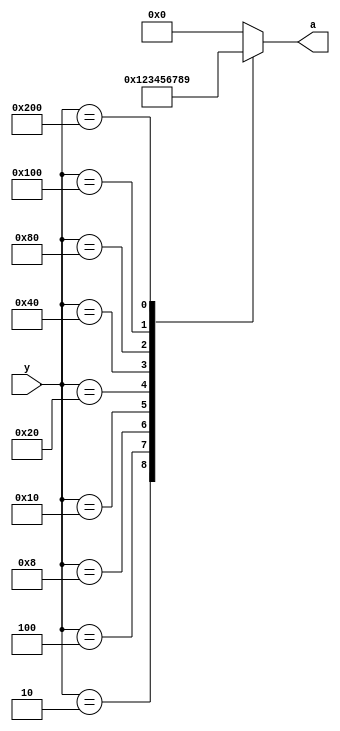
//DECIMAL to BCD ENCODER 
module bcd_encoder (y,a);
input [9:0] y;
output [3:0] a;

reg [3:0] a;

always @ (y)
begin 
case (y)

10'd1 : a= 4'b0 ;
10'd2 : a=4'd1;
10'd4 : a=4'd2;
10'd8 : a=4'd3;
10'd16: a= 4'd4;
10'd32: a= 4'd5;
10'd64 : a=4'd6;
10'd128: a=4'd7;
10'd256: a=4'd8 ;
10'd512 :a=4'd9;
default : a = 4'b0;
endcase

end

endmodule